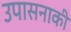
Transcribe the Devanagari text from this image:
उपासनाकी